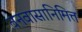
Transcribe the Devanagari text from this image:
वनवासानिमित्त